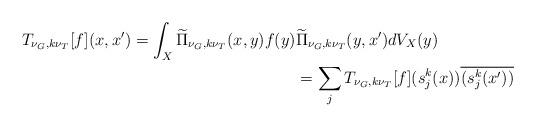
LaTeX: \begin{align*}\begin{multlined}[t][12.5cm]T_{\nu_{G},k\nu_{T}}[f](x,x')=\int_{X}\widetilde{\Pi}_{\nu_{G},k\nu_{T}}(x,y)f(y)\widetilde{\Pi}_{\nu_{G},k\nu_{T}}(y,x')dV_{X}(y)\\=\sum_{j}T_{\nu_{G},k\nu_{T}}[f](s_{j}^{k}(x))\overline{(s_{j}^{k}(x'))}\end{multlined}\end{align*}